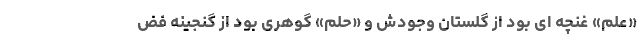
«علم» غنچه ای بود از گلستانِ وجودش و «حلم» گوهری بود از گنجینه فض